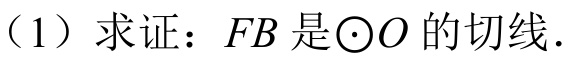
（1）求证：\(FB\) 是\(\odot O\) 的切线．